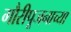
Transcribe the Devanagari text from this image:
गौरीपूजनाच्या